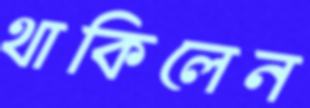
থাকিলেন